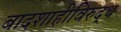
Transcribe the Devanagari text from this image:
बादशाहीविरुद्ध